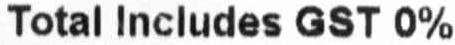
TOTAL INCLUDES GST 0%